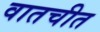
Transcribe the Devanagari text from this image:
वातचीत